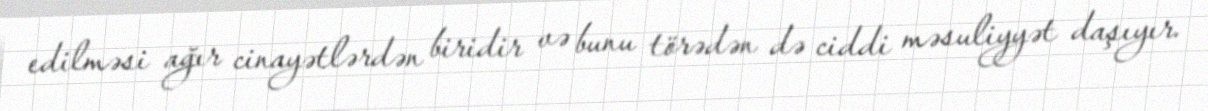
edilməsi ağır cinayətlərdən biridir və bunu törədən də ciddi məsuliyyət daşıyır.